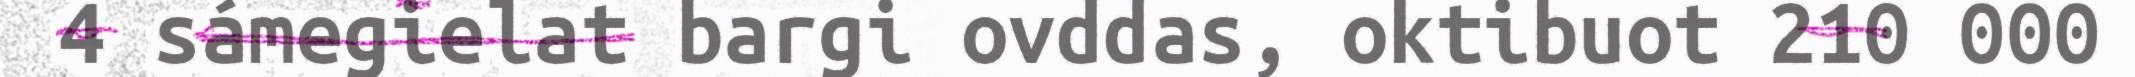
4 sámegielat bargi ovddas, oktibuot 210 000